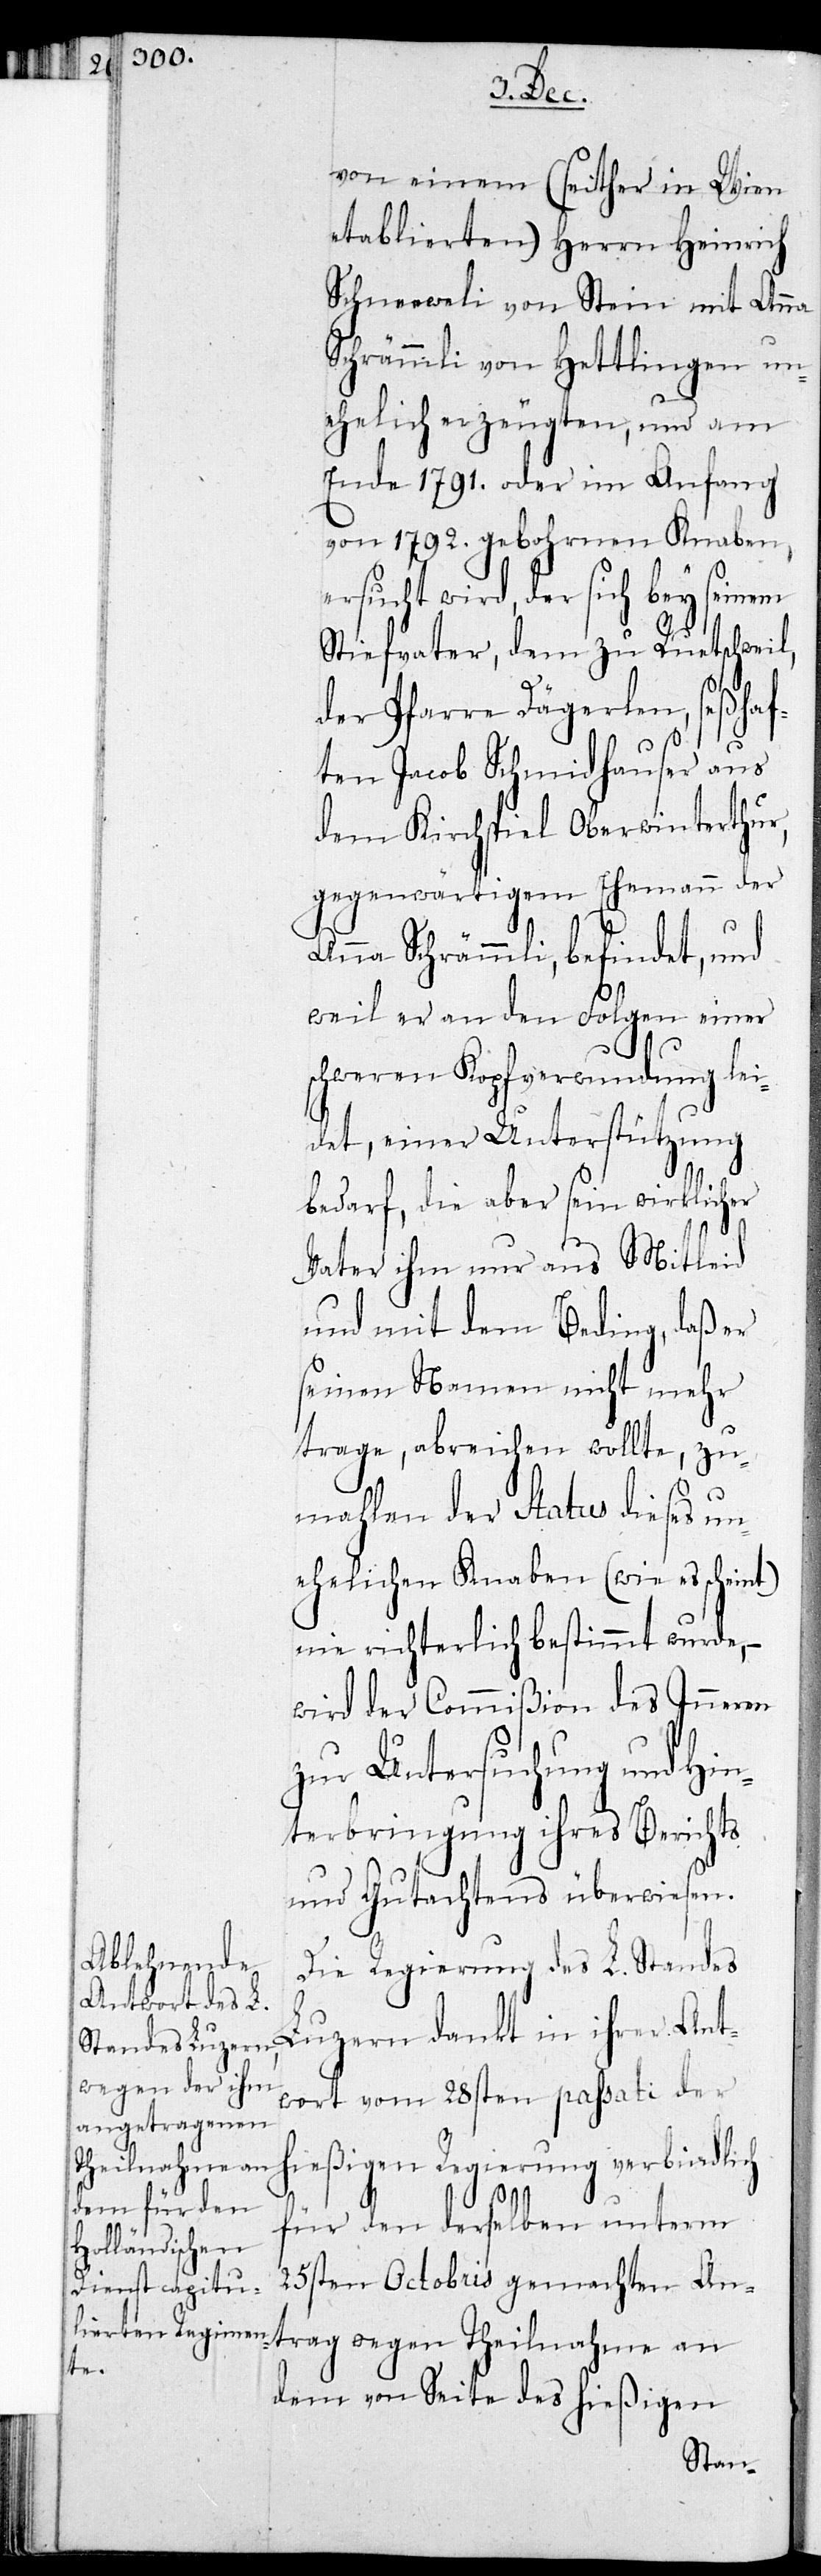
trag

von einem (seither in Wien
etablierten) Herrn Heinrich
Schneeweli von Stein am Rhein
Schrämmli von Hettlingen un¬
ehelich erzeugten, und am
Ende 1791. oder im Anfang
von 1792. gebohrenen Knaben,
wird, der sich bey sein¬
Stiefvater, dem zu Ruetschweil,
der Pfarre Dägerlen, seßha¬
ften Jacob Schmidhauser aus
dem Kirchspiel Oberwinterthur,
gegenwärtigem Ehemann der
Anna Schrämmli, befindet, und
weil er an den Folgen einer
schweren Kopfverwundung lei¬
det, einer Unterstützung
bedarf, die aber sein wirklicher
Vater ihm nur aus Mitleid
und mit dem Beding, daß er
seinen Namen nicht mehr
trage, abreichen wollte, zu¬
mahlen der Status dieses un¬
ehelichen Knaben (wie es scheint)
nie richterlich bestimmt wurde, –
wird der Commißion des Inneren
zur Untersuchung und Hin¬
terbringung ihres Berichts
und Gutachtens überwiesen.
Die Regierung des L. Standes
Luzern dankt in ihre Ant¬
wort vom 28sten passati der
hießigen Regierung verbindlich
Theilnahme an
für den derselben unterm
25sten Octobris gemachten An¬
dem von Seite des hießigen